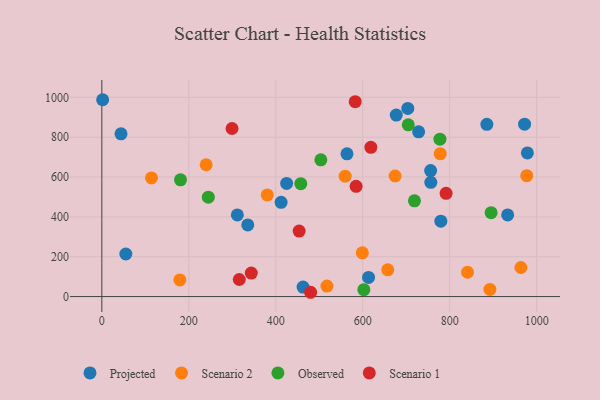
{"axis": {"x": "Engine Size", "y": "Fuel Efficiency"}, "legend": ["Observed", "Projected", "Scenario 1", "Scenario 2"], "data": [{"x": "933.3", "y": 409.6, "type": "Projected"}, {"x": "462.8", "y": 47.5, "type": "Projected"}, {"x": "311.6", "y": 410.0, "type": "Projected"}, {"x": "335.6", "y": 359.4, "type": "Projected"}, {"x": "972.3", "y": 865.4, "type": "Projected"}, {"x": "677.2", "y": 911.2, "type": "Projected"}, {"x": "1.8", "y": 988.1, "type": "Projected"}, {"x": "779.7", "y": 378.6, "type": "Projected"}, {"x": "55.2", "y": 213.7, "type": "Projected"}, {"x": "425.0", "y": 568.1, "type": "Projected"}, {"x": "412.3", "y": 472.8, "type": "Projected"}, {"x": "563.8", "y": 716.7, "type": "Projected"}, {"x": "885.5", "y": 864.5, "type": "Projected"}, {"x": "756.6", "y": 573.4, "type": "Projected"}, {"x": "613.4", "y": 96.0, "type": "Projected"}, {"x": "728.6", "y": 827.2, "type": "Projected"}, {"x": "756.2", "y": 632.6, "type": "Projected"}, {"x": "703.7", "y": 944.2, "type": "Projected"}, {"x": "44.1", "y": 817.1, "type": "Projected"}, {"x": "978.7", "y": 720.8, "type": "Projected"}, {"x": "239.9", "y": 661.8, "type": "Scenario 2"}, {"x": "841.0", "y": 121.9, "type": "Scenario 2"}, {"x": "892.5", "y": 36.0, "type": "Scenario 2"}, {"x": "114.2", "y": 595.4, "type": "Scenario 2"}, {"x": "559.6", "y": 604.5, "type": "Scenario 2"}, {"x": "674.5", "y": 605.3, "type": "Scenario 2"}, {"x": "380.5", "y": 510.1, "type": "Scenario 2"}, {"x": "778.2", "y": 717.3, "type": "Scenario 2"}, {"x": "517.7", "y": 52.5, "type": "Scenario 2"}, {"x": "657.6", "y": 134.3, "type": "Scenario 2"}, {"x": "179.5", "y": 83.6, "type": "Scenario 2"}, {"x": "599.1", "y": 219.6, "type": "Scenario 2"}, {"x": "963.7", "y": 145.9, "type": "Scenario 2"}, {"x": "977.3", "y": 607.0, "type": "Scenario 2"}, {"x": "457.6", "y": 566.6, "type": "Observed"}, {"x": "719.0", "y": 480.7, "type": "Observed"}, {"x": "777.6", "y": 789.9, "type": "Observed"}, {"x": "503.7", "y": 686.6, "type": "Observed"}, {"x": "602.6", "y": 34.7, "type": "Observed"}, {"x": "180.9", "y": 586.0, "type": "Observed"}, {"x": "895.3", "y": 421.3, "type": "Observed"}, {"x": "244.9", "y": 498.9, "type": "Observed"}, {"x": "704.8", "y": 862.3, "type": "Observed"}, {"x": "618.7", "y": 749.3, "type": "Scenario 1"}, {"x": "343.7", "y": 118.1, "type": "Scenario 1"}, {"x": "453.8", "y": 328.9, "type": "Scenario 1"}, {"x": "584.8", "y": 553.5, "type": "Scenario 1"}, {"x": "582.7", "y": 978.3, "type": "Scenario 1"}, {"x": "299.4", "y": 843.7, "type": "Scenario 1"}, {"x": "480.2", "y": 21.5, "type": "Scenario 1"}, {"x": "791.8", "y": 518.0, "type": "Scenario 1"}, {"x": "316.1", "y": 85.6, "type": "Scenario 1"}]}